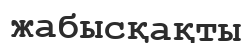
жабысқақты